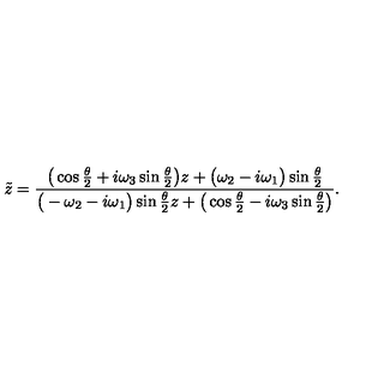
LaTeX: { \tilde { z } } = \frac { \big ( \cos \frac { \theta } { 2 } + i \omega _ { 3 } \sin \frac { \theta } { 2 } \big ) z + \big ( \omega _ { 2 } - i \omega _ { 1 } \big ) \sin \frac { \theta } { 2 } } { \big ( - \omega _ { 2 } - i \omega _ { 1 } \big ) \sin \frac { \theta } { 2 } z + \big ( \cos \frac { \theta } { 2 } - i \omega _ { 3 } \sin \frac { \theta } { 2 } \big ) } .